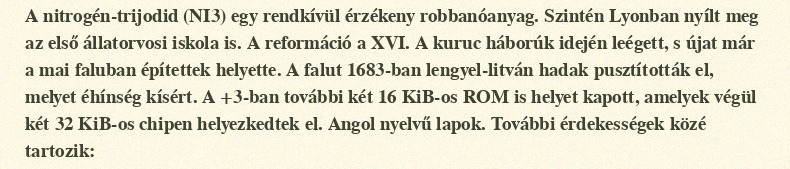
A nitrogén-trijodid (NI3) egy rendkívül érzékeny robbanóanyag. Szintén Lyonban nyílt meg az első állatorvosi iskola is. A reformáció a XVI. A kuruc háborúk idején leégett, s újat már a mai faluban építettek helyette. A falut 1683-ban lengyel-litván hadak pusztították el, melyet éhínség kísért. A +3-ban további két 16 KiB-os ROM is helyet kapott, amelyek végül két 32 KiB-os chipen helyezkedtek el. Angol nyelvű lapok. További érdekességek közé tartozik: